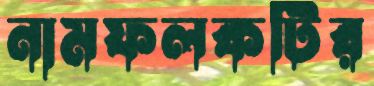
নামফলকটির